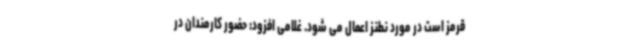
قرمز است در مورد نطنز اعمال می شود. غلامی افزود: حضور کارمندان در